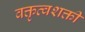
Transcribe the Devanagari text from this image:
वक्तृत्वशक्ती